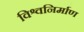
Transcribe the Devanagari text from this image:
विश्वनिर्माण